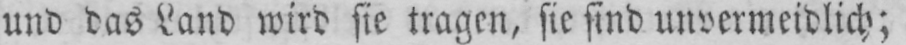
und das Land wird sie tragen, sie sind unvermeidlich;